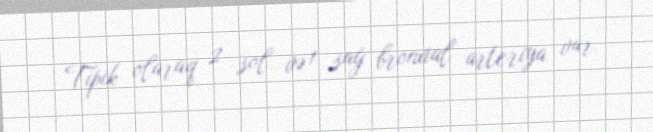
Tipik olaraq 2 sol və 1 sağ bronxial arteriya var.